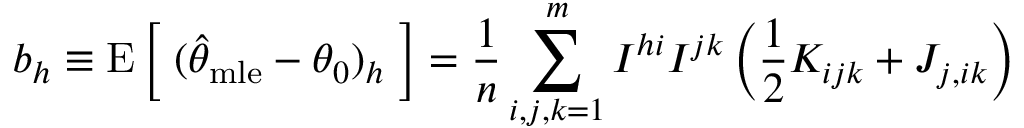
b _ { h } \equiv \operatorname { E } { \bigg [ } \; ( { \widehat { \theta } } _ { \mathrm { m l e } } - \theta _ { 0 } ) _ { h } \; { \bigg ] } = { \frac { 1 } { n } } \sum _ { i , j , k = 1 } ^ { m } I ^ { h i } I ^ { j k } \left( { \frac { 1 } { 2 } } K _ { i j k } + J _ { j , i k } \right)